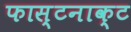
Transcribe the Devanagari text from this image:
फास्टनाक्ट